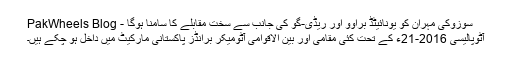
سوزوکی مہران کو یونائیٹڈ براوو اور ریڈی-گو کی جانب سے سخت مقابلے کا سامنا ہوگا - PakWheels Blog
آٹوپالیسی 2016-21ء کے تحت کئی مقامی اور بین الاقوامی آٹومیکر برانڈز پاکستانی مارکیٹ میں داخل ہو چکے ہیں۔